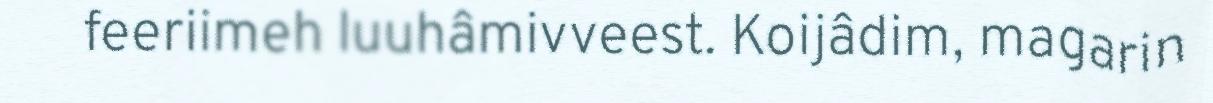
feeriimeh luuhâmivveest. Koijâdim, magarin